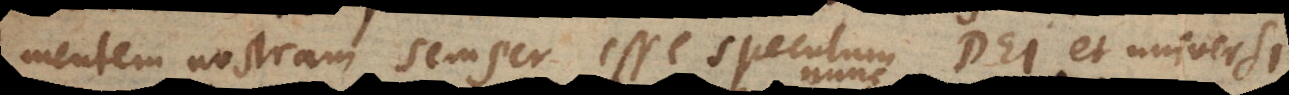
mentem nostram semper esse speculum Dei et universi